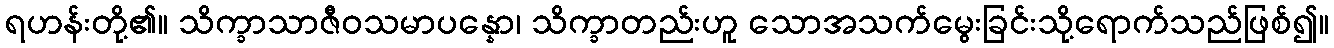
ရဟန်းတို့၏။ သိက္ခာသာဇီဝသမာပန္နော၊ သိက္ခာတည်းဟူ သောအသက်မွေးခြင်းသို့ရောက်သည်ဖြစ်၍။